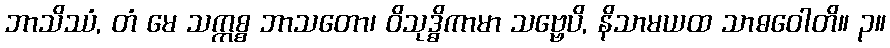
ဘာသိဿံ, တံ မေ သက္ကစ္စ ဘာသတော၊ ဝိသုဒ္ဓိကာမာ သဗ္ဗေပိ, နိသာမယထ သာဓဝေါတိ။ ၃။